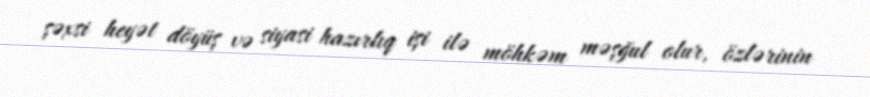
şəxsi heyət döyüş və siyasi hazırlıq işi ilə möhkəm məşğul olur, özlərinin